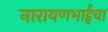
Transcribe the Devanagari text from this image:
नारायणभाईंचा